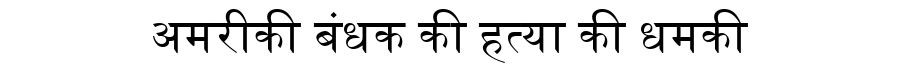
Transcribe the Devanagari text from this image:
अमरीकी बंधक की हत्या की धमकी